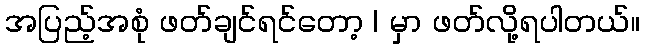
အပြည့်အစုံ ဖတ်ချင်ရင်တော့ | မှာ ဖတ်လို့ရပါတယ်။